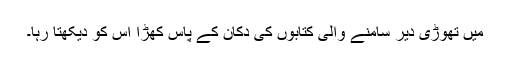
میں تھوڑی دیر سامنے والی کتابوں کی دکان کے پاس کھڑا اُس کو دیکھتا رہا۔